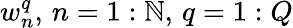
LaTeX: w_{n}^{q},\, n=1:\mathbb{N},\, q=1:Q